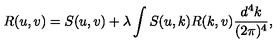
R ( u , v ) = S ( u , v ) + \lambda \int S ( u , k ) R ( k , v ) \frac { d ^ { 4 } k } { ( 2 \pi ) ^ { 4 } } ,